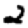
Digit: 2